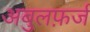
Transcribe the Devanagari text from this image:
अबुलफ़र्ज